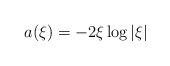
\begin{align*}a(\xi) = -2\xi \log |\xi|\end{align*}